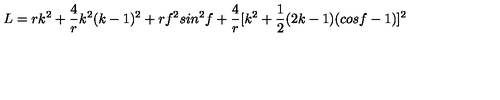
L = r k ^ { 2 } + \frac { 4 } { r } k ^ { 2 } ( k - 1 ) ^ { 2 } + r f ^ { 2 } s i n ^ { 2 } f + \frac { 4 } { r } [ k ^ { 2 } + \frac { 1 } { 2 } ( 2 k - 1 ) ( c o s f - 1 ) ] ^ { 2 }